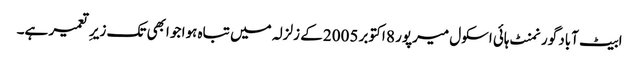
ابیٹ آباد گورنمنٹ ہائی اسکول میرپور 8 اکتوبر 2005 کے زلزلہ میں تباہ ہوا جو ابھی تک زیرِ تعمیر ہے۔